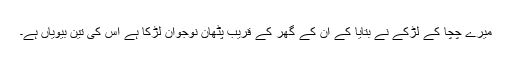
میرے چچا کے لڑکے نے بتایا کے ان کے گھر کے قریب پٹھان نوجوان لڑکا ہے اس کی تین بیویاں ہے۔